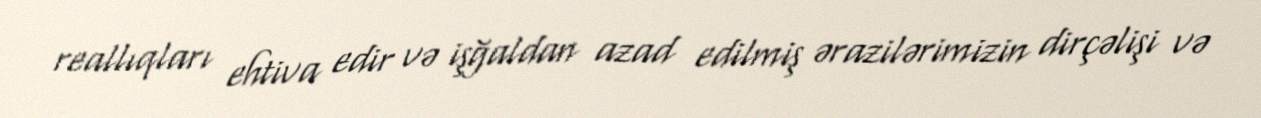
reallıqları ehtiva edir və işğaldan azad edilmiş ərazilərimizin dirçəlişi və